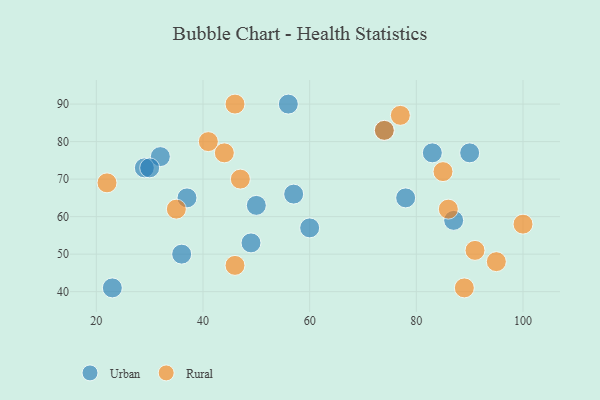
{"axis": {"x": "GDP", "y": "Life Expectancy"}, "legend": ["Rural", "Urban"], "data": [{"x": "50", "y": 63, "type": "Urban"}, {"x": "32", "y": 76, "type": "Urban"}, {"x": "56", "y": 90, "type": "Urban"}, {"x": "74", "y": 83, "type": "Urban"}, {"x": "23", "y": 41, "type": "Urban"}, {"x": "90", "y": 77, "type": "Urban"}, {"x": "49", "y": 53, "type": "Urban"}, {"x": "29", "y": 73, "type": "Urban"}, {"x": "30", "y": 73, "type": "Urban"}, {"x": "37", "y": 65, "type": "Urban"}, {"x": "36", "y": 50, "type": "Urban"}, {"x": "78", "y": 65, "type": "Urban"}, {"x": "57", "y": 66, "type": "Urban"}, {"x": "87", "y": 59, "type": "Urban"}, {"x": "60", "y": 57, "type": "Urban"}, {"x": "83", "y": 77, "type": "Urban"}, {"x": "44", "y": 77, "type": "Rural"}, {"x": "46", "y": 90, "type": "Rural"}, {"x": "35", "y": 62, "type": "Rural"}, {"x": "85", "y": 72, "type": "Rural"}, {"x": "77", "y": 87, "type": "Rural"}, {"x": "89", "y": 41, "type": "Rural"}, {"x": "22", "y": 69, "type": "Rural"}, {"x": "95", "y": 48, "type": "Rural"}, {"x": "74", "y": 83, "type": "Rural"}, {"x": "47", "y": 70, "type": "Rural"}, {"x": "46", "y": 47, "type": "Rural"}, {"x": "41", "y": 80, "type": "Rural"}, {"x": "100", "y": 58, "type": "Rural"}, {"x": "86", "y": 62, "type": "Rural"}, {"x": "91", "y": 51, "type": "Rural"}]}